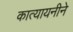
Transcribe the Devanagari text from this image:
कात्यायनीने